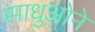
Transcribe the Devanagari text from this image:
साधुओने